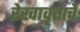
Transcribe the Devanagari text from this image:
रेखावृत्ताचे